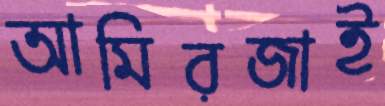
আমিরজাই